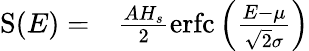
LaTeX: \begin{array}{rl}{\mathrm{S}(E)=}&{{}\frac{AH_{s}}{2}\mathrm{erfc}\left(\frac{E-\mu}{\sqrt{2}\sigma}\right)}\end{array}